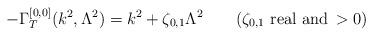
LaTeX: \begin{align*}-\Gamma^{[0,0]}_{T} (k^{2}, \Lambda^{2}) = k^{2} + \zeta_{0,1}\Lambda^{2} \qquad (\zeta_{0,1} \, \, {\rm{real \, \, and}} \, > 0)\end{align*}